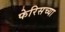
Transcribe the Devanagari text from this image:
फेरिसच्या